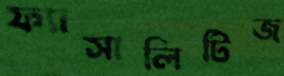
ফ্যাসালিটিজ